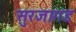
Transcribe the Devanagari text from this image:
सुरजागड